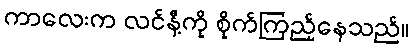
ကာလေးက လင်နီ့ကို စိုက်ကြည့်နေသည်။